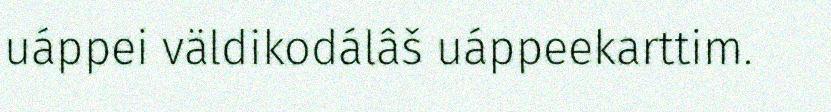
uáppei väldikodálâš uáppeekarttim.